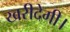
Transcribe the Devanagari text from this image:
खरीदेगी।